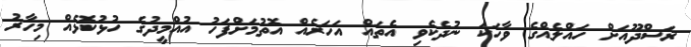
ރަސްދޫއަށް ހައްލެއްގެ ވާހަކަ ނުދެކެވި އެތައް އަހަރެއް އޮތުމަށްފަހު އުއްމީދުގެ ހުޅުކޮޅެއް މިހާރު